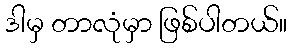
ဒါမှ တာလုံမှာ ဖြစ်ပါတယ်။